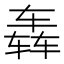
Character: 𮷛